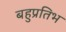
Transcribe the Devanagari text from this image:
बहुप्रतिभ